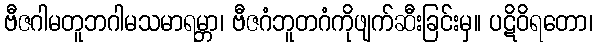
ဗီဇဂါမတူဘဂါမသမာရမ္ဘာ၊ ဗီဇဂံဘူတဂံကိုဖျက်ဆီးခြင်းမှ။ ပဋိဝိရတော၊